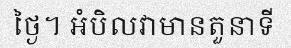
ថ្ងៃ។ អំបិលវាមានតួនាទី